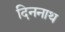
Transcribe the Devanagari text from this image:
दिननाथ